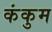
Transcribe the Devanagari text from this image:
कंकुम